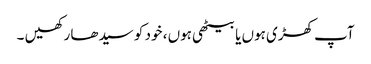
آپ کھڑی ہوں یا بیٹھی ہوں ، خود کو سیدھا رکھیں ۔